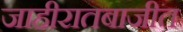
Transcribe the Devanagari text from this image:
जाहीरातबाजीत